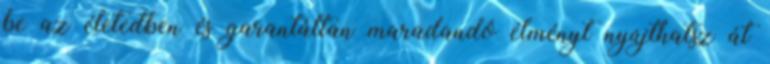
be az életedben és garantáltan maradandó élményt nyújthatsz át